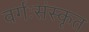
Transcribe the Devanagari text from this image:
वर्गःसंस्कृत